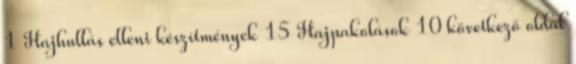
1 Hajhullás elleni készítmények 15 Hajpakolások 10 következő oldal